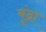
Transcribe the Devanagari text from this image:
बुंद्रा